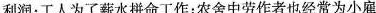
利润；工人为了薪水拼命工作；农舍中劳作者也经常为小雇